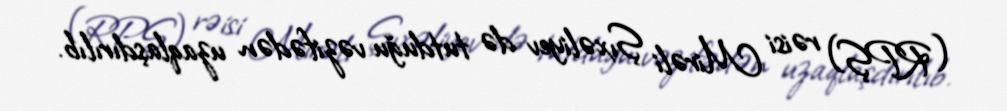
(RPŞ) rəisi Mirəli Şıxəliyev də tutduğu vəzifədən uzaqlaşdırılıb.